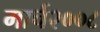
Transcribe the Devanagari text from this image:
मार्च२००८